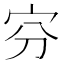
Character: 𡧋